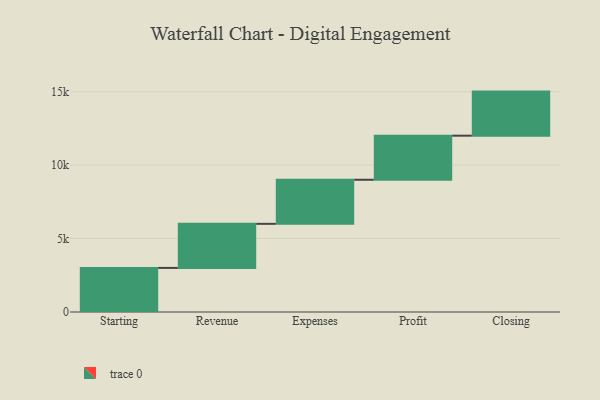
{"axis": {"x": "Step", "y": "Value"}, "legend": [""], "data": [{"x": "Starting", "y": 3000, "type": ""}, {"x": "Revenue", "y": 3000, "type": ""}, {"x": "Expenses", "y": 3000, "type": ""}, {"x": "Profit", "y": 3000, "type": ""}, {"x": "Closing", "y": 3000, "type": ""}]}